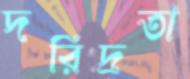
দরিদ্রতা